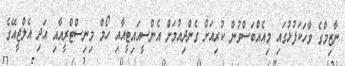
ނާޒިމްގެ ވާހަކަފުޅުގައި މިއެއްބަސްވުން ކުރިއަށް ގެންދިއުމަށް އެންސީއައިޓީއާއި ހޯމް މިނިސްޓްރީއާއި އަދި އެލްޖީއޭގެ